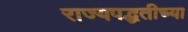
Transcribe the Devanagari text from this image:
राज्यपद्धतीच्या